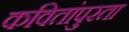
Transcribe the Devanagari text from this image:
कवितांपुरता